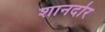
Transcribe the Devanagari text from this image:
शानदोर